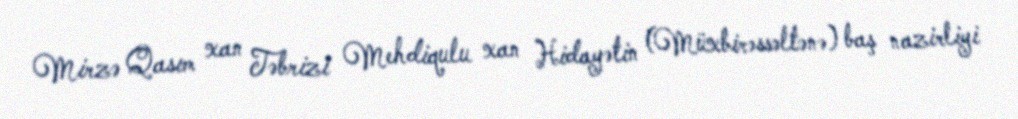
Mirzə Qasım xan Təbrizi Mehdiqulu xan Hidayətin (Müxbirəssəltənə) baş nazirliyi